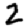
Digit: 2